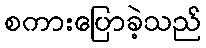
စကားပြောခဲ့သည်